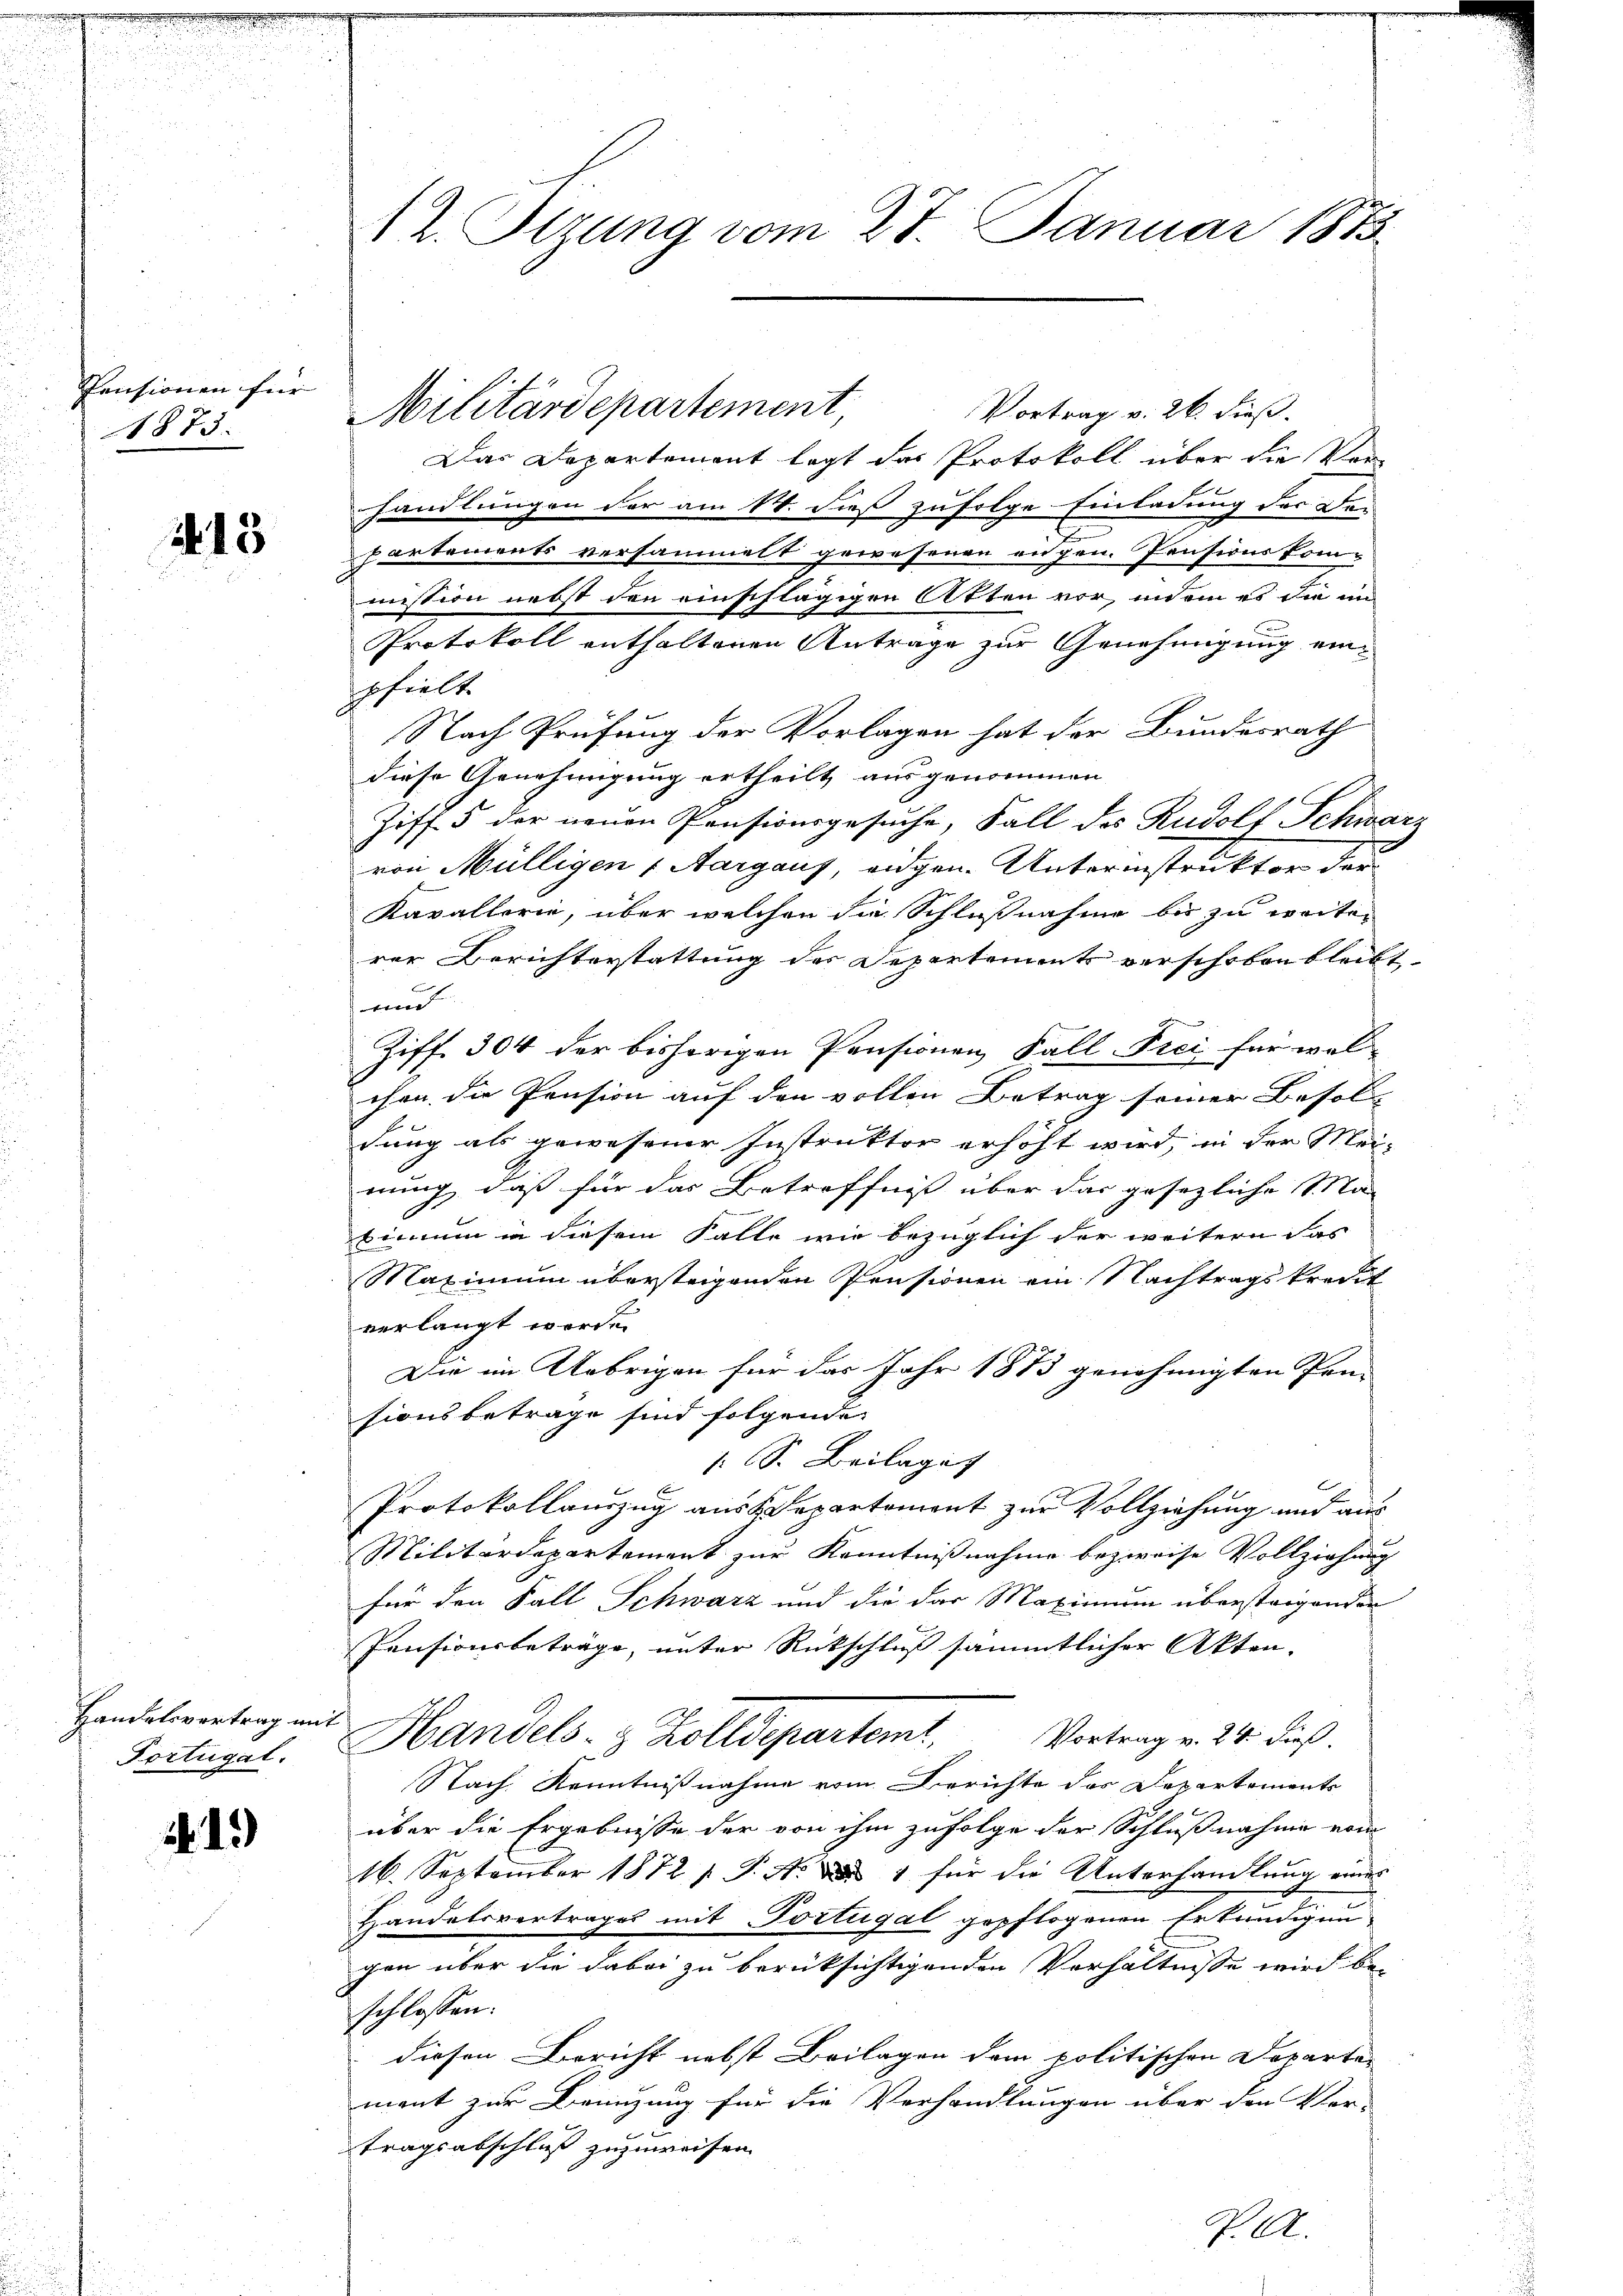
Pensionen für
1875.

15

Handelsvertrag mit
Fortugal.

1.)

A 2. Stzung vom 27. Januar 1873

Militärdepartement

Vortrag v. 26. dieß.
Das Departement legt das Protokoll über die Ver-
handlungen der am 14. dieß zufolge Einladung der De-
Partements versammelt gewesenen augen. Pensionskommission nebst den einschlägigen Atten vor, indem es die an
Protokoll enthaltenen Antrage zur Genehmigung ein¬
Erhielt.
Nach Prüfung der Vorlagen hat der Bundesrath
diese Genehmigung ertheilt ausgenommen
Ziff. 5 der neuen Pensionsgesuche, Fall des Rudolf Schwarz
von Mülligen (Aargaus, eidgen. Unterinstruktor dann
Kavallerie, über welchen die Schlußnahme bis zu weiten
rer Berichterstattung des Departements verschoben bleibt
und
Ziff. 304 der bisherigen Pensionen Fall Frei für welchen die Pension auf den vollen Betrag seiner Besoldung als gewesener Instruktor erhöht wird, in der Meinung, daß für das Betreffniß über das gesezliche 1. Na
binium in diesem Falle wie bezüglich der weitern das
Maximum übersteigenden Pensionen ein Nachtragskredit
verlangt werde.
Die im Uebrigen für das Jahr 1873 genehmigten Pan- |
sionsbetrage sind folgende
 S. Beilaget
Protokollauszug aus Departement zur Vollziehung und aus
Militärdepartement zŭr Kenntniβnahme bezweise Vollziehung
für den Fall Schwarz und die das Maximum überstrigenden
Pensionsbeträge, unter Rütschluß sämmtlicher Akten.
Handels- & Zolldepartemt, Vortrag v. 24. dieß.
Nach Kenntnißnahme vom Berichte des Departements
über die Ergebnisse der von ihm zufolge der Schlußnahme vom
16. September 1872 s. S. A. Der 1 für die Unterhandlung eines
Handelsvertrages mit Portugal gepflogenen Erkundigun-
gen über die dabei zu berücksichtigenden Verhältnisse wird be-
schlossen:
diesen Bericht nebst Beilagen dem politischen Departe-
mant zur Benuzung für die Verhandlungen über den Vor- |
tragsabschluß zuzuweisen. |
P. M.